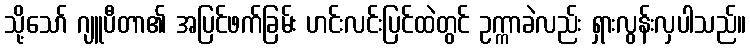
သို့သော် ဂျူပီတာ၏ အပြင်ဖက်ခြမ်း ဟင်းလင်းပြင်ထဲတွင် ဥက္ကာခဲလည်း ရှားလွန်းလှပါသည်။